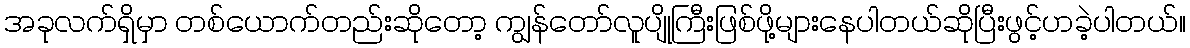
အခုလက်ရှိမှာ တစ်ယောက်တည်းဆိုတော့ ကျွန်တော်လူပျိုကြီးဖြစ်ဖို့များနေပါတယ်ဆိုပြီးဖွင့်ဟခဲ့ပါတယ်။